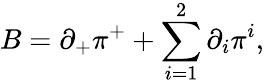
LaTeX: B={\partial}_{+}{\pi}^{+}+\sum_{i=1}^{2}{\partial}_{i}{\pi}^{i},